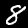
Digit: 8